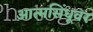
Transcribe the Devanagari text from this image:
आत्मसिंधूवर